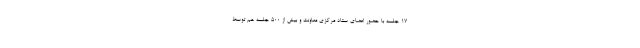
١٧ جلسه با حضور اعضای ستاد مرکزی معاونت و بیش از ۵۰۰ جلسه هم توسط